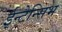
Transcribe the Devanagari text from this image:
ईन्टेन्सिभ